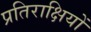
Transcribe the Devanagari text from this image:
प्रतिराक्षियों